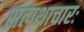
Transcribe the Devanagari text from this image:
सत्पथाचारः